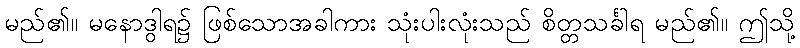
မည်၏။ မနောဒွါရ၌ ဖြစ်သောအခါကား သုံးပါးလုံးသည် စိတ္တသင်္ခါရ မည်၏။ ဤသို့